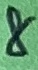
Text: 8